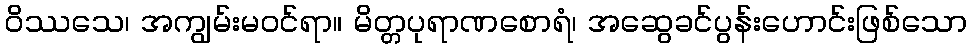
ဝိဿသေ၊ အကျွမ်းမဝင်ရာ။ မိတ္တပုရာဏစောရံ၊ အဆွေခင်ပွန်းဟောင်းဖြစ်သော